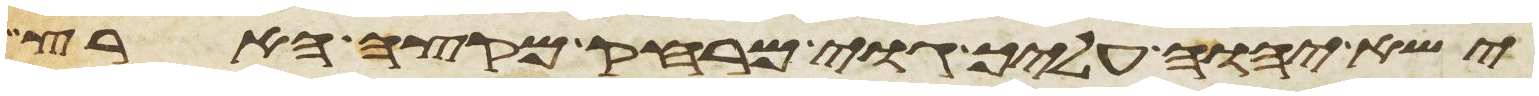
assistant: ישא יהוה עליך גוי מרחק מקצה הארץ